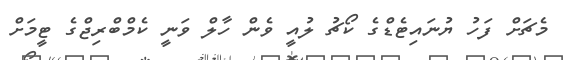
މެޗަށް ފަހު ޔުނައިޓެޑްގެ ކޯޗު ލުއީ ވެން ހާލް ވަނީ ކެމްބްރިޖްގެ ޓީމަށް